65_HS1-834228961_62-HQ-83894_Section_2
Agency: FBI
Page 161
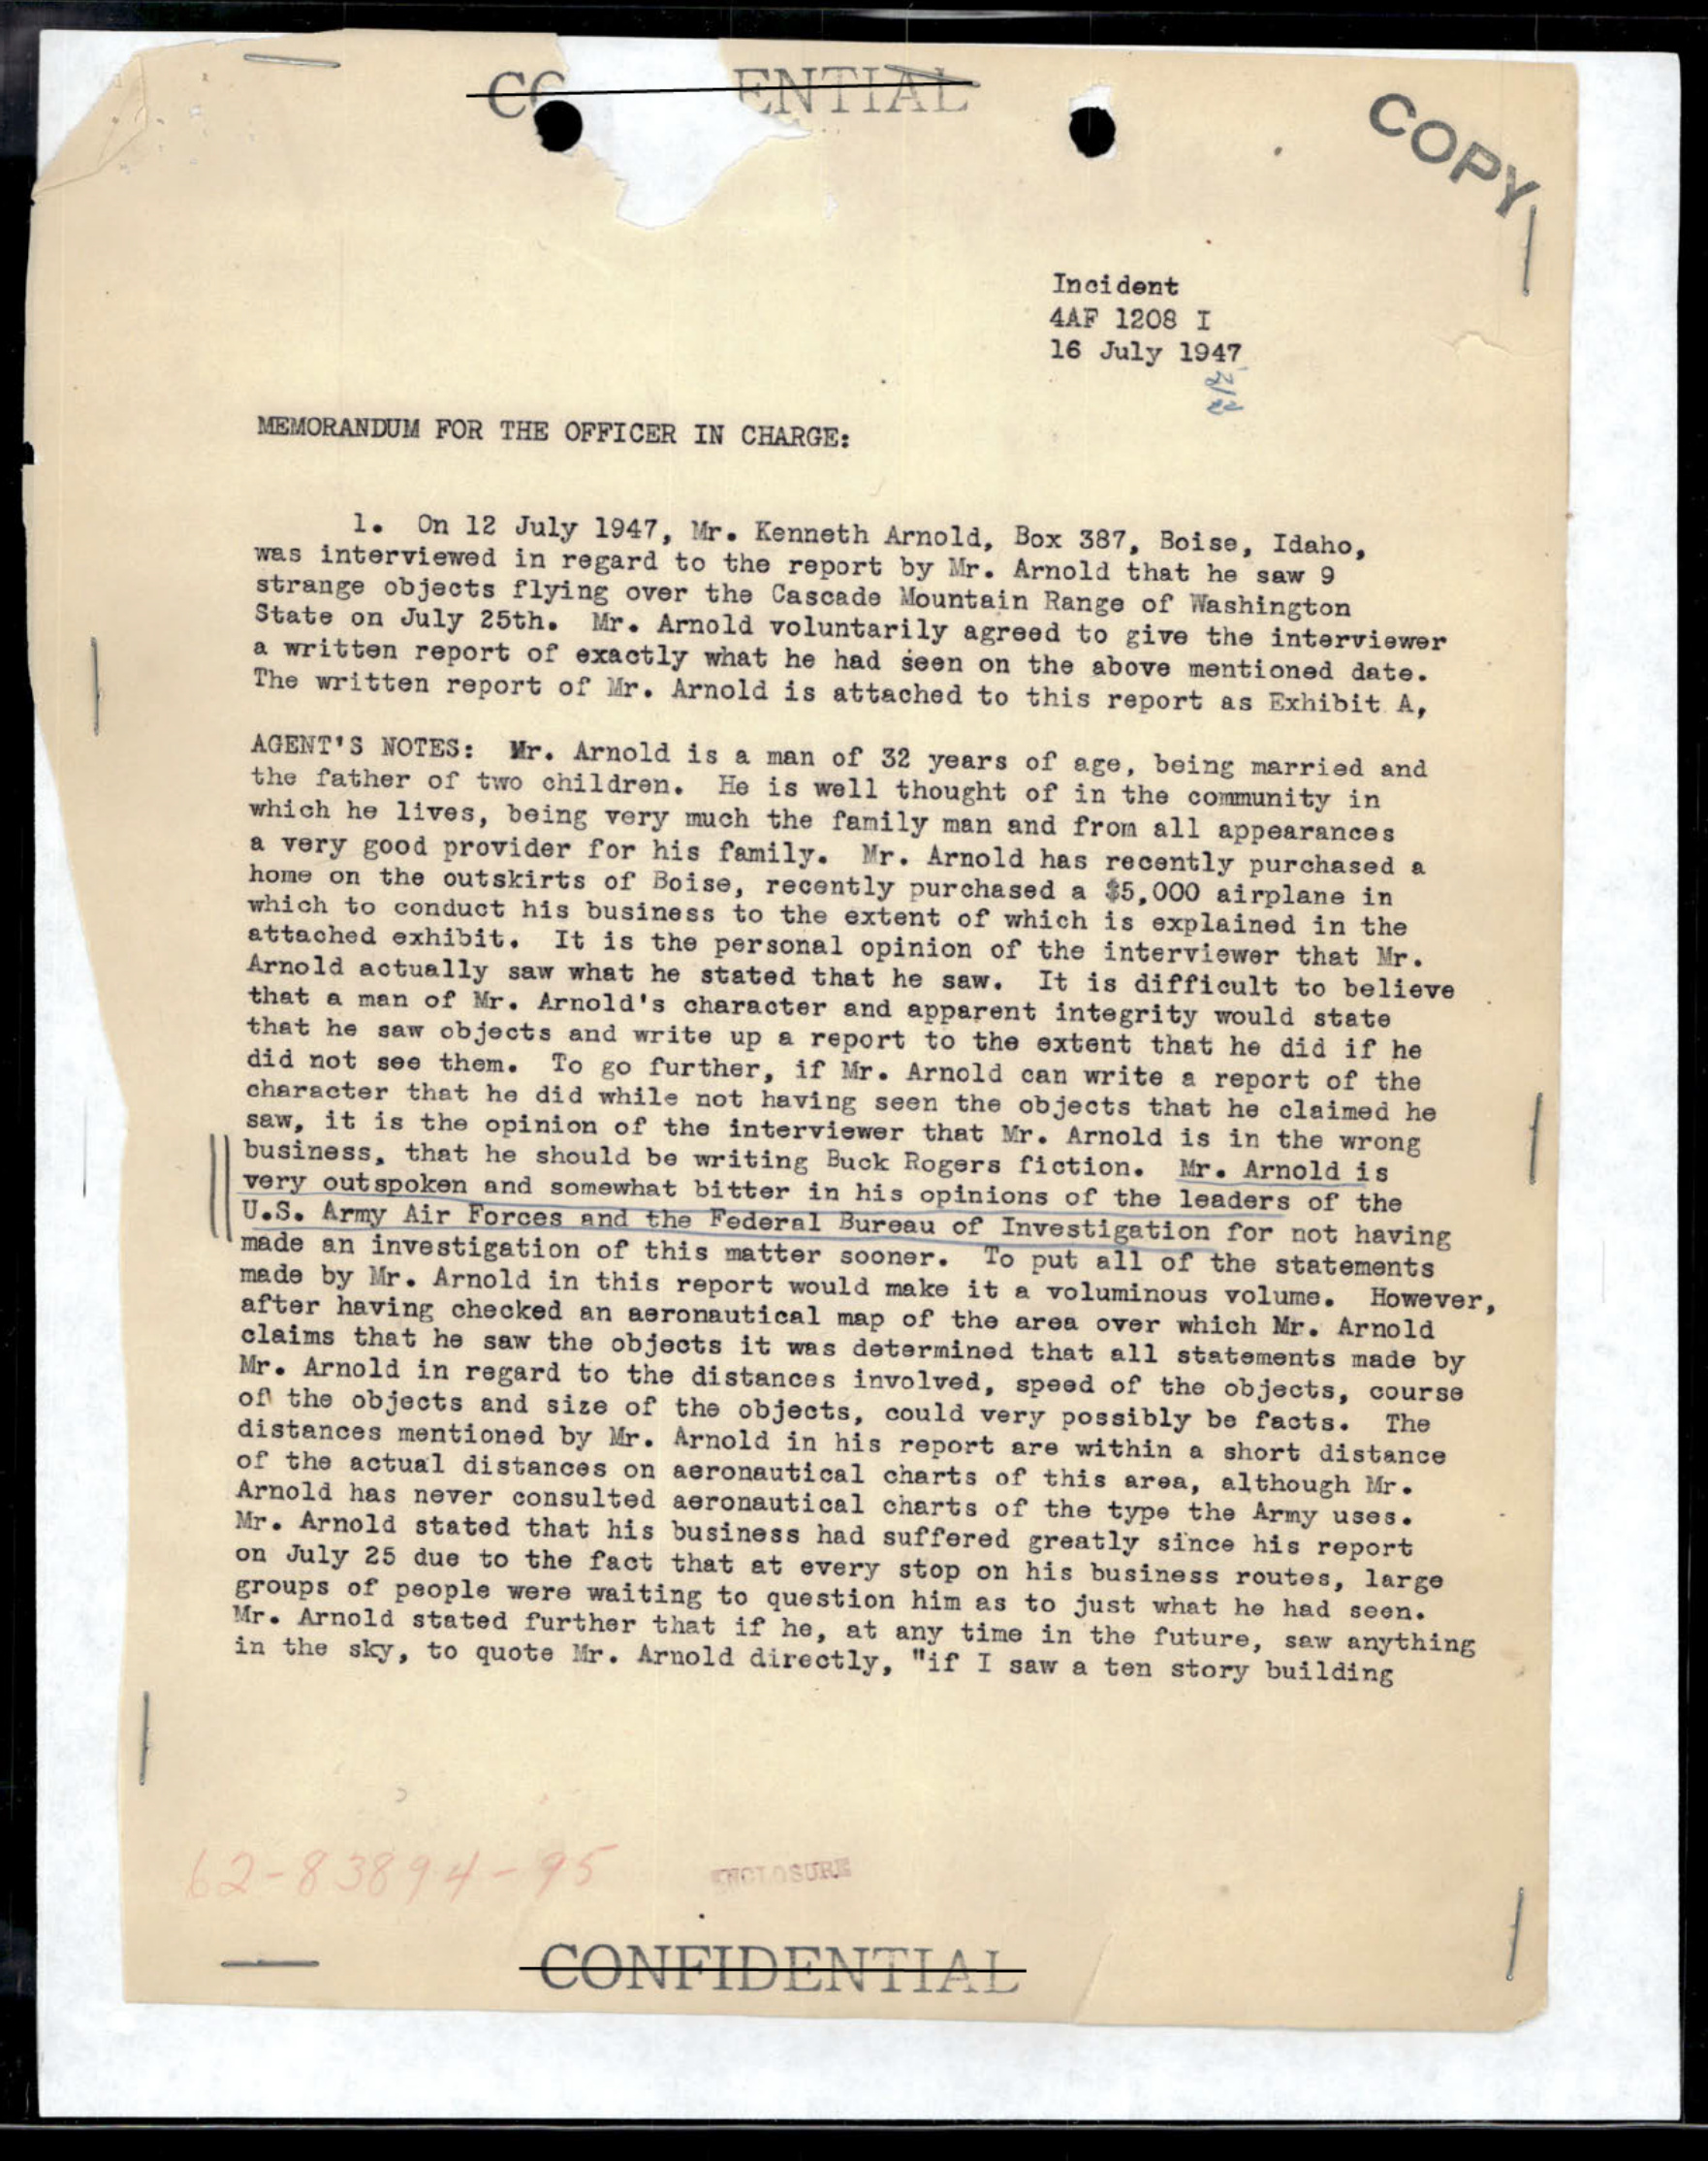